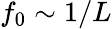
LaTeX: f_{0}\sim 1/L